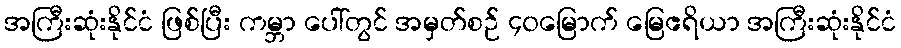
အကြီးဆုံးနိုင်ငံ ဖြစ်ပြီး ကမ္ဘာ ပေါ်တွင် အမှတ်စဉ် ၄၀မြောက် မြေဧရိယာ အကြီးဆုံးနိုင်ငံ